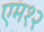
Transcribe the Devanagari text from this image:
एम१२